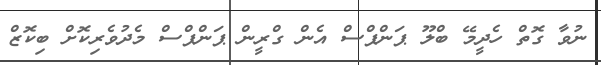
ނުވާ ގޮތް ހެދީމޭ ބްލޫ ޕަންޕްސް އެން ގްރީން ޕަންޕްސް މެދުވެރިކޮށް ބިކޮޒް